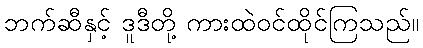
ဘက်ဆီနှင့် ဒူဒီတို့ ကားထဲဝင်ထိုင်ကြသည်။